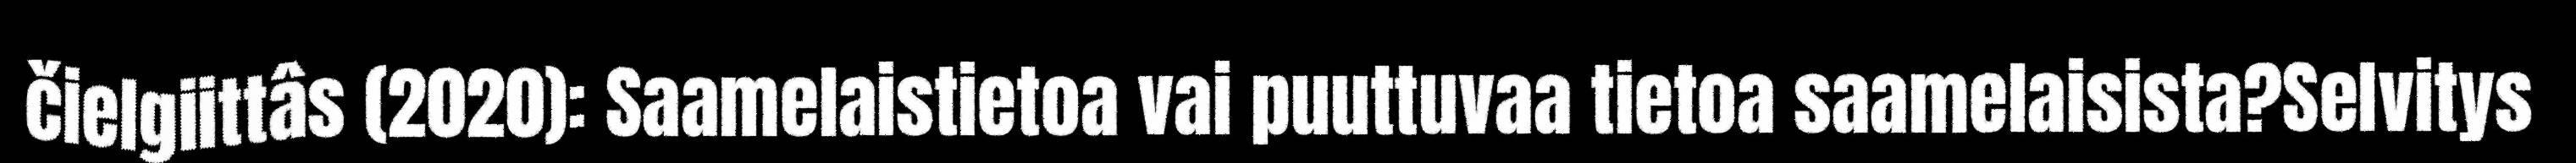
čielgiittâs (2020): Saamelaistietoa vai puuttuvaa tietoa saamelaisista?Selvitys